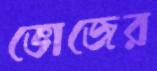
ভোজের